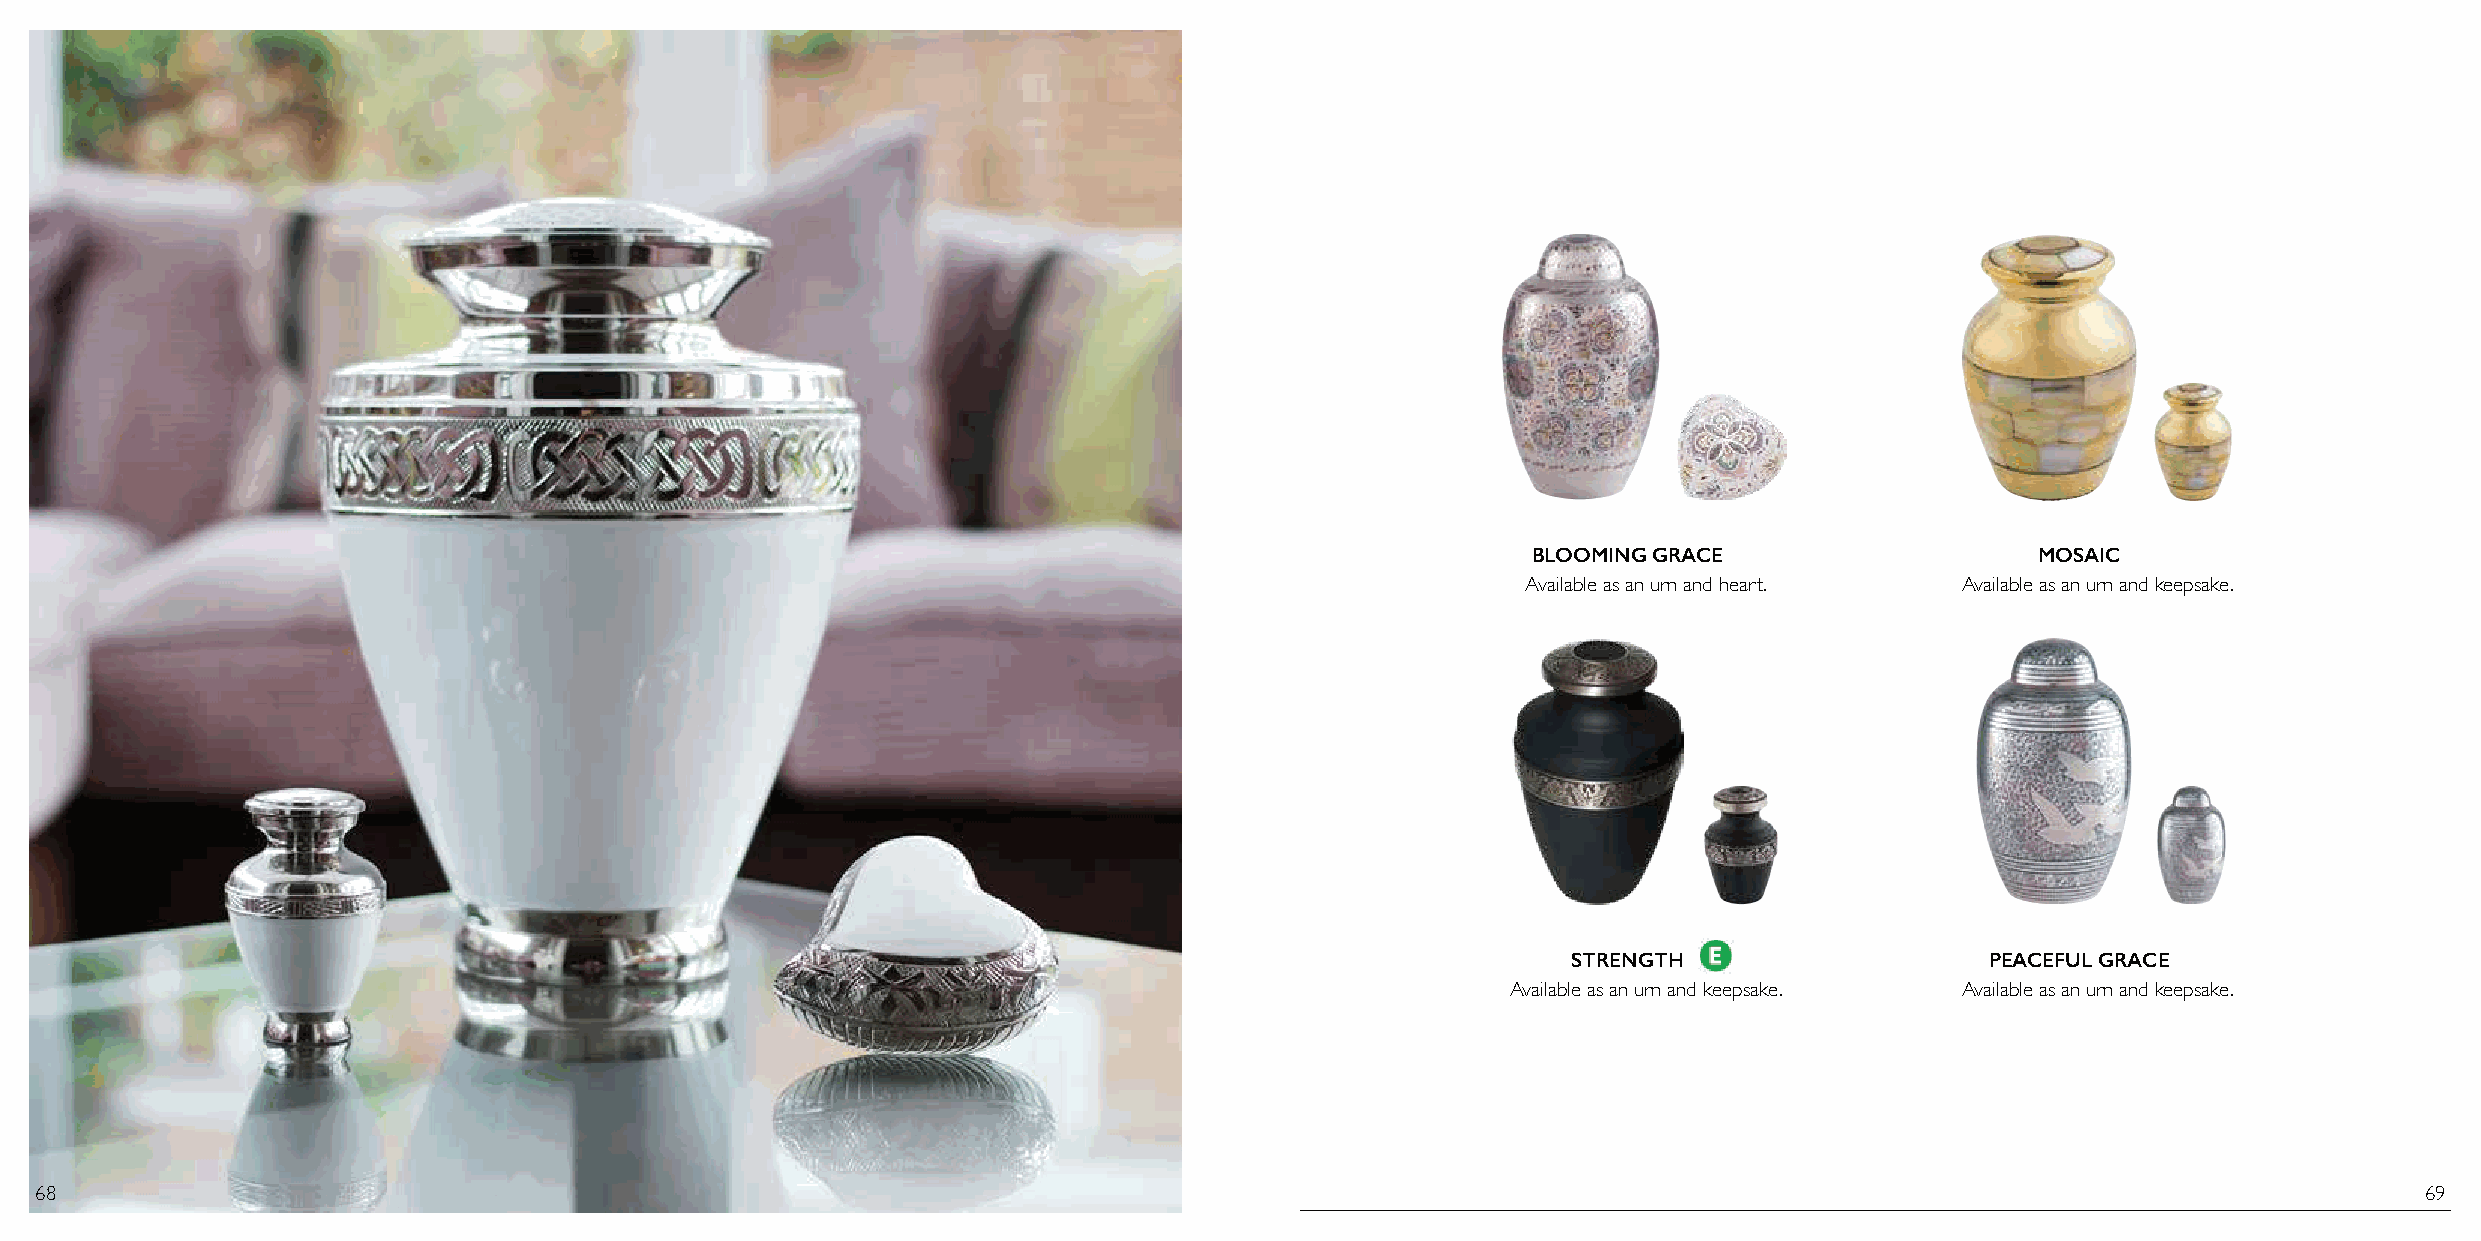
BLOOMING GRACE                    MOSAIC
 Available as an urn and heart. Available as an urn and keepsake.
 STRENGTH                    PEACEFUL GRACE
 Available as an urn and keepsake. Available as an urn and keepsake.
 68                                                                                                                                                            69